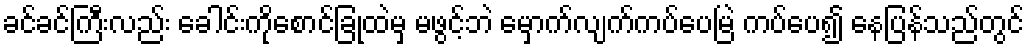
ခင်ခင်ကြီးလည်း ခေါင်းကိုစောင်ခြုံထဲမှ မဖွင့်ဘဲ မှောက်လျက်ကပ်ပေမြဲ ကပ်ပေ၍ နေပြန်သည်တွင်